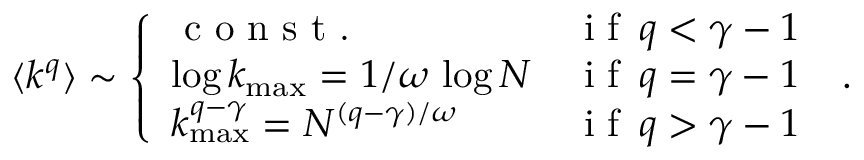
\langle k ^ { q } \rangle \sim \left\{ \begin{array} { l l } { \textrm { c o n s t . } } & { \textrm { i f } \, q < \gamma - 1 } \\ { \log k _ { \operatorname* { m a x } } = 1 / \omega \, \log N } & { \textrm { i f } \, q = \gamma - 1 } \\ { k _ { \operatorname* { m a x } } ^ { q - \gamma } = N ^ { ( q - \gamma ) / \omega } } & { \textrm { i f } \, q > \gamma - 1 } \end{array} \right. \; .